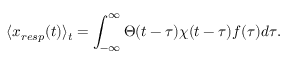
\langle x _ { r e s p } ( t ) \rangle _ { t } = \int _ { - \infty } ^ { \infty } \Theta ( t - \tau ) \chi ( t - \tau ) f ( \tau ) d \tau .